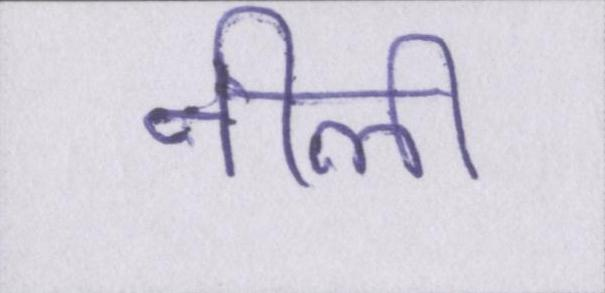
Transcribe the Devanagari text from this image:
नीली